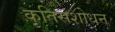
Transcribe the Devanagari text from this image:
कृतिसंशोधन